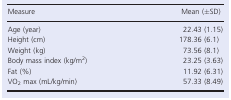
| Measure | Mean (±SD) |
 | --- | --- |
 | Age (year) | 22.43 (1.15) |
 | Height (cm) | 178.36 (6.1) |
 | Weight (kg) | 73.56 (8.1) |
 | Body mass index (kg/m2) | 23.25 (3.63) |
 | Fat (%) | 11.92 (6.31) |
 | VO2 max (mL/kg/min) | 57.33 (8.49) |